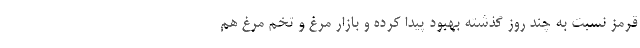
قرمز نسبت به چند روز گذشته بهبود پیدا کرده و بازار مرغ و تخم مرغ هم